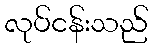
လုပ်ငန်းသည်